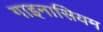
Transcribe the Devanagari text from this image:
गाइनासियम